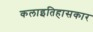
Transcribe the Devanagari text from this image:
कलाइतिहासकार